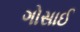
ગોસાઈ